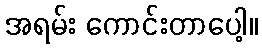
အရမ်း ကောင်းတာပေါ့။